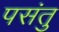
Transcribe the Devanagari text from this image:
पसंतु